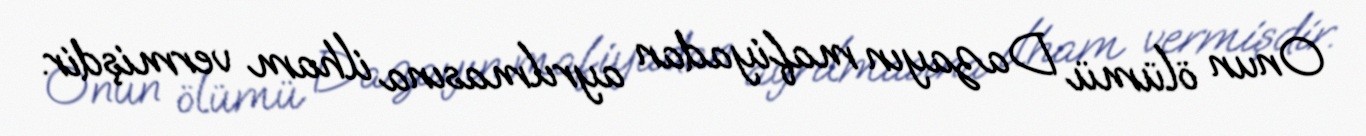
Onun ölümü Dazayın mafiyadan ayrılmasına ilham vermişdir.